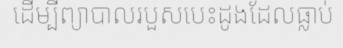
ដើម្បីព្យាបាលរបួសបេះដូងដែលធ្លាប់